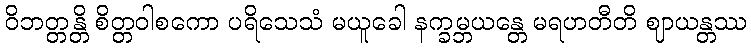
ဝိဘတ္တန္တိ စိတ္တဝါစကော ပရိသေသံ မယူခေါ နက္ခမ္ဘယန္တေ မရဟတီတိ ဈာယန္တဿ